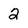
Character: 2